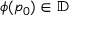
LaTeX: \phi ( p _ { 0 } ) \in \mathbb { D }